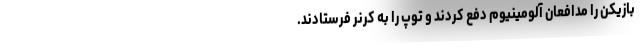
بازیکن را مدافعان آلومینیوم دفع کردند و توپ را به کرنر فرستادند.